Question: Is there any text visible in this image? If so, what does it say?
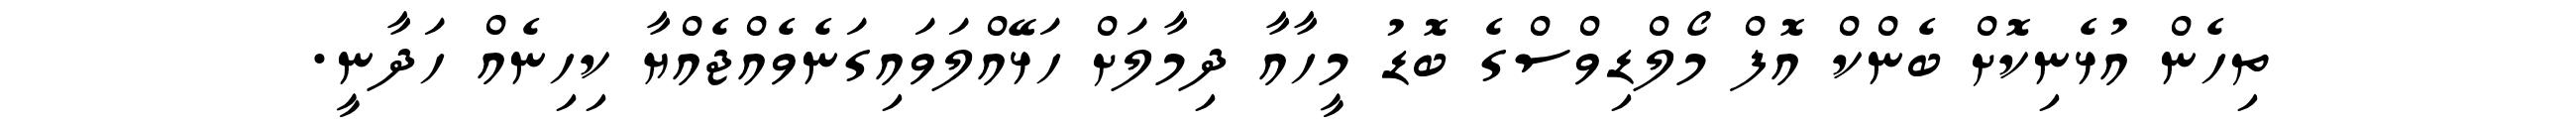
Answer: ތިހެން އުޅެނިކޮށް ބެންކް އޮފް މޯލްޑިވްސްގެ ބޮޑު މީހާއާ ދިމާލަށް ހަޅޭއްލަވައިގަނެވެއްޖެއްޔާ ކިހިނެއް ހަދާނީ.